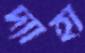
দ্যাহা